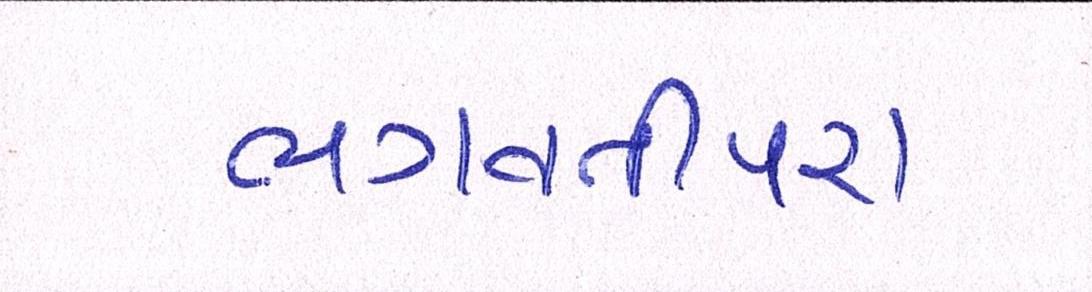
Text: ભગવતીપરા